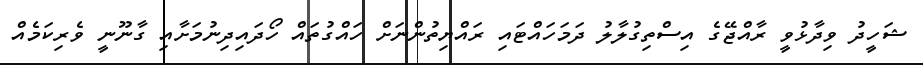
ޝަހީދު ވިދާޅުވީ ރާއްޖޭގެ އިސްތިގުލާލު ދަމަހައްޓައި ރައްޔިތުންނަށް ހައްގުތައް ހޯދައިދިނުމަށާއި ގާނޫނީ ވެރިކަމެއް